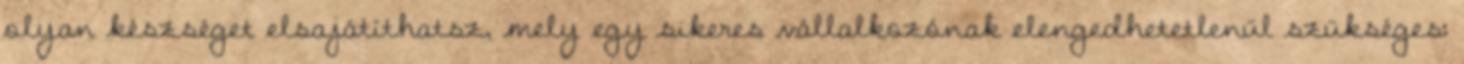
olyan készséget elsajátíthatsz, mely egy sikeres vállalkozónak elengedhetetlenül szükséges: